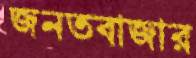
জনতবাজার